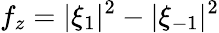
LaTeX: f_{z}=|\xi_{1}|^{2}-|\xi_{-1}|^{2}